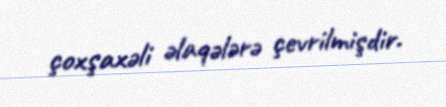
çoxşaxəli əlaqələrə çevrilmişdir.